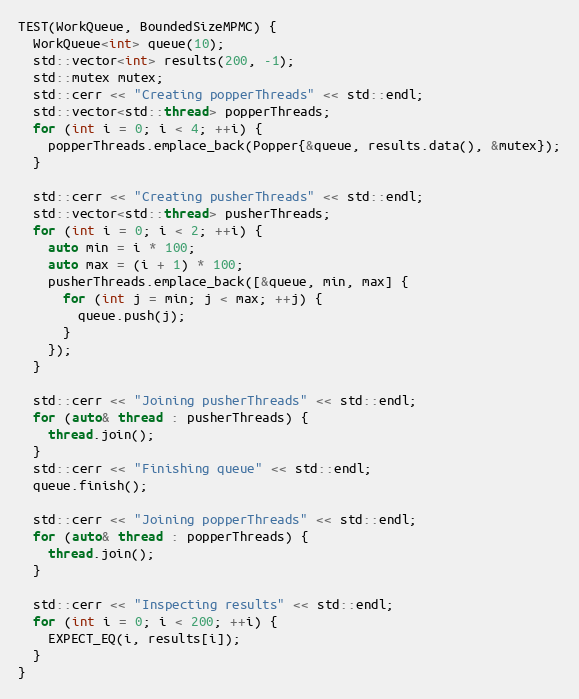
Language: C++
TEST(WorkQueue, BoundedSizeMPMC) {
  WorkQueue<int> queue(10);
  std::vector<int> results(200, -1);
  std::mutex mutex;
  std::cerr << "Creating popperThreads" << std::endl;
  std::vector<std::thread> popperThreads;
  for (int i = 0; i < 4; ++i) {
    popperThreads.emplace_back(Popper{&queue, results.data(), &mutex});
  }

  std::cerr << "Creating pusherThreads" << std::endl;
  std::vector<std::thread> pusherThreads;
  for (int i = 0; i < 2; ++i) {
    auto min = i * 100;
    auto max = (i + 1) * 100;
    pusherThreads.emplace_back([&queue, min, max] {
      for (int j = min; j < max; ++j) {
        queue.push(j);
      }
    });
  }

  std::cerr << "Joining pusherThreads" << std::endl;
  for (auto& thread : pusherThreads) {
    thread.join();
  }
  std::cerr << "Finishing queue" << std::endl;
  queue.finish();

  std::cerr << "Joining popperThreads" << std::endl;
  for (auto& thread : popperThreads) {
    thread.join();
  }

  std::cerr << "Inspecting results" << std::endl;
  for (int i = 0; i < 200; ++i) {
    EXPECT_EQ(i, results[i]);
  }
}